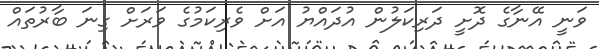
ވަނީ އޭނާގެ ދޮށީ ދަރިކަލުން އުދައްޔު އަށް ވެރިކަމުގެ ވަރަށް ގިނަ ބާރުތައް